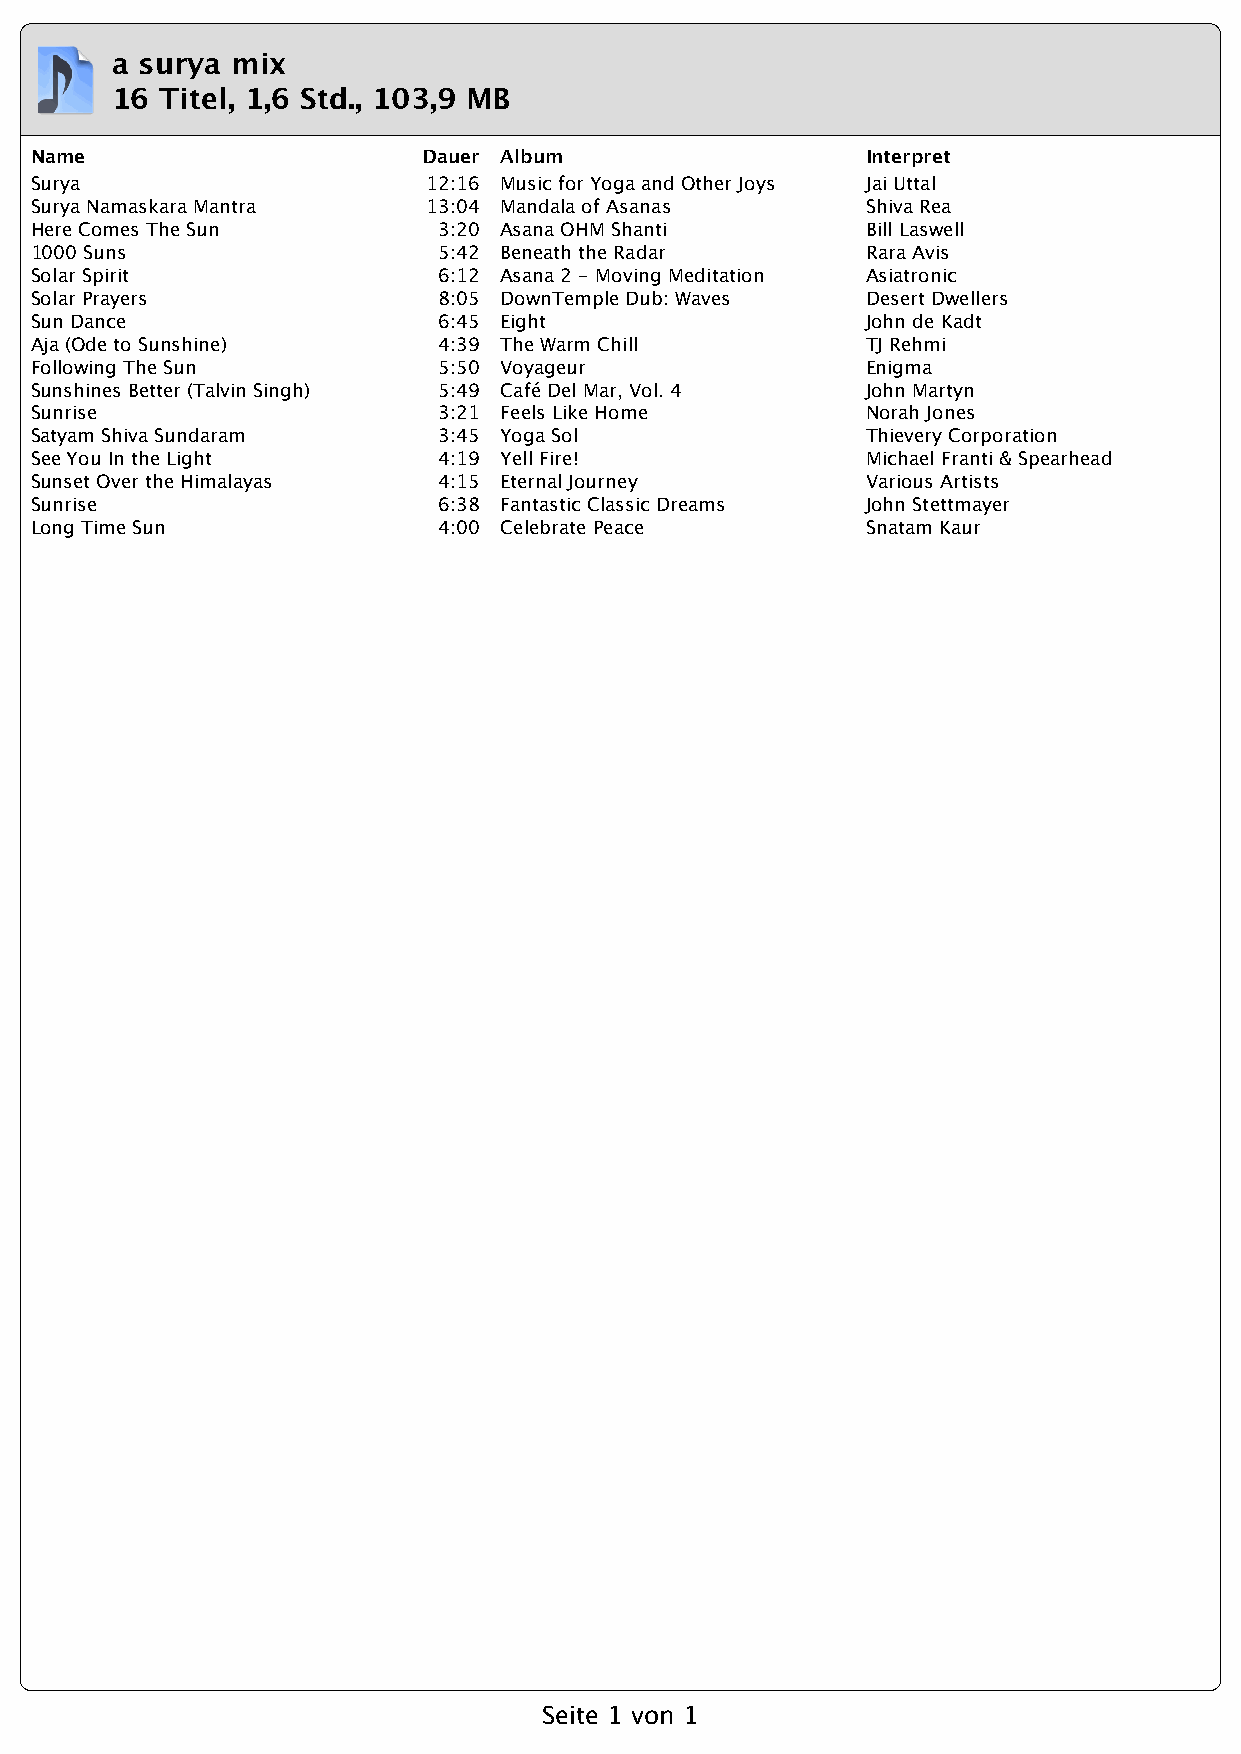
a surya mix
 16  Titel, 1,6 Std., 103,9 MB
 Name                      Dauer Album                  Interpret
 Surya                     12:16 Music for Yoga and Other Joys Jai Uttal
 Surya Namaskara Mantra    13:04 Mandala of Asanas      Shiva Rea
 Here Comes The Sun         3:20 Asana OHM Shanti       Bill Laswell
 1000 Suns                  5:42 Beneath the Radar      Rara Avis
 Solar Spirit               6:12 Asana 2 - Moving Meditation Asiatronic
 Solar Prayers              8:05 DownTemple Dub: Waves  Desert Dwellers
 Sun Dance                  6:45 Eight                  John de Kadt
 Aja (Ode to Sunshine)      4:39 The Warm Chill         TJ Rehmi
 Following The Sun          5:50 Voyageur               Enigma
 Sunshines Better (Talvin Singh) 5:49 Café Del Mar, Vol. 4 John Martyn
 Sunrise                    3:21 Feels Like Home        Norah Jones
 Satyam Shiva Sundaram      3:45 Yoga Sol               Thievery Corporation
 See You In the Light       4:19 Yell Fire!             Michael Franti & Spearhead
 Sunset Over the Himalayas  4:15 Eternal Journey        Various Artists
 Sunrise                    6:38 Fantastic Classic Dreams John Stettmayer
 Long Time Sun              4:00 Celebrate Peace        Snatam Kaur
 Seite 1 von 1